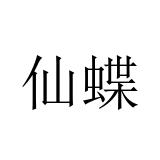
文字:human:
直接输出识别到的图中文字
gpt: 仙蝶